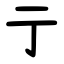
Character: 亍